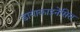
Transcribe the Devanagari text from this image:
डायाकाइनेसिस